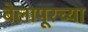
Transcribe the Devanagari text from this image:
बेलापूरच्या